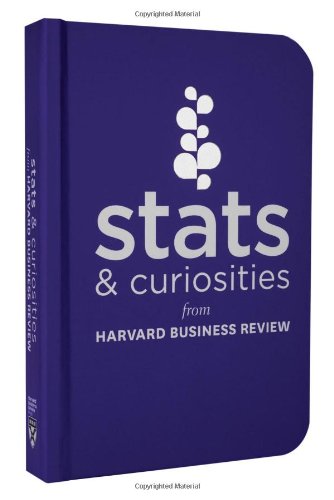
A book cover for Stats and Curiosities: From Harvard Business Review; Harvard Business Review; Business & Money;